Indian journal of veterinary science and animal husbandry - Volumes 22-23, 1952-1953
Year: 1952
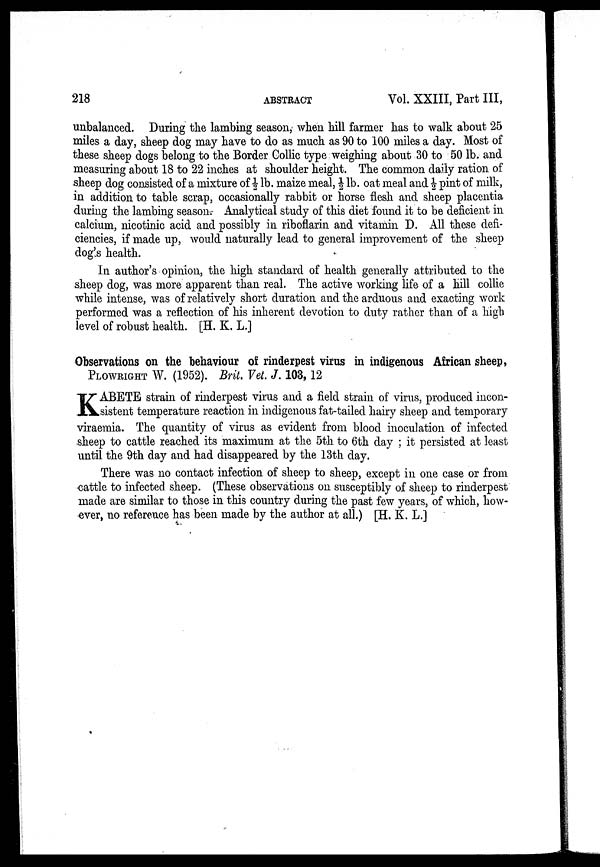
218
ABSTRACT
Vol. XXIII, Part III,
unbalanced. During the lambing season, when hill farmer has to walk about 25
miles a day, sheep dog may have to do as much as 90 to 100 miles a day. Most of
these sheep dogs belong to the Border Collic type weighing about 30 to 50 lb. and
measuring about 18 to 22 inches at shoulder height. The common daily ration of
sheep dog consisted of a mixture of ½ lb. maize meal, ½ lb. oat meal and ½ pint of milk,
in addition to table scrap, occasionally rabbit or horse flesh and sheep placentia
during the lambing season. Analytical study of this diet found it to be deficient in
calcium, nicotinic acid and possibly in riboflarin and vitamin D. All these defi-
ciencies, if made up, would naturally lead to general improvement of the sheep
dog's health.
In author's opinion, the high standard of health generally attributed to the
sheep dog, was more apparent than real. The active working life of a hill collie
while intense, was of relatively short duration and the arduous and exacting work
performed was a reflection of his inherent devotion to duty rather than of a high
level of robust health. [H. K. L.]
Observations on the behaviour of rinderpest virus in indigenous African sheep,
PLOWRIGHT W. (1952). Brit. Vet. J. 103, 12
K ABETE strain of rinderpest virus and a field strain of virus, produced incon-
sistent temperature reaction in indigenous fat-tailed hairy sheep and temporary
viraemia. The quantity of virus as evident from blood inoculation of infected
sheep to cattle reached its maximum at the 5th to 6th day ; it persisted at least
until the 9th day and had disappeared by the 13th day.
There was no contact infection of sheep to sheep, except in one case or from
cattle to infected sheep. (These observations on susceptibly of sheep to rinderpest
made are similar to those in this country during the past few years, of which, how-
ever, no reference has been made by the author at all.) [H. K. L.]